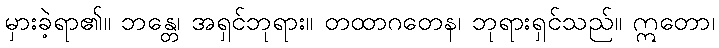
မှားခဲ့ရာ၏။ ဘန္တေ၊ အရှင်ဘုရား။ တထာဂတေန၊ ဘုရားရှင်သည်။ ဣတော၊